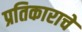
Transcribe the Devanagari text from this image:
प्रतिकाराचे